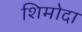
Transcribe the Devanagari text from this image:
शिमोदा